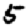
Digit: 5